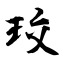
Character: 珓